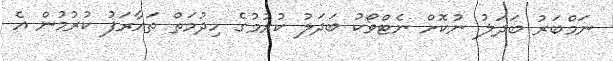
ނަމްބަރު ބަދަލު ނުކޮށް ނެޓްވޯކު ބަދަލު ކުރުމުގެ ހިދުމަތް ތައާރަފު ކުރުމުން އެ